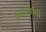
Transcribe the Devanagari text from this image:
हताहतांची